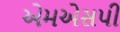
એમએસપી